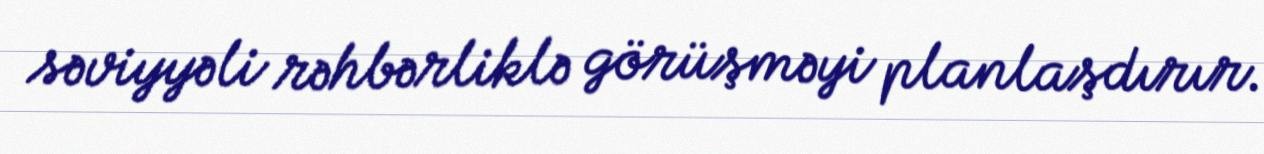
səviyyəli rəhbərliklə görüşməyi planlaşdırır.